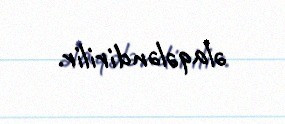
əlaqələndirilir.